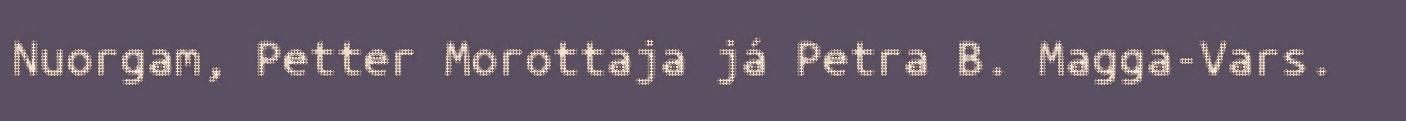
Nuorgam, Petter Morottaja já Petra B. Magga-Vars.